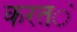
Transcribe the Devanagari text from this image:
करत॓